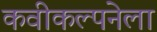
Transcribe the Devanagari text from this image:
कवीकल्पनेला